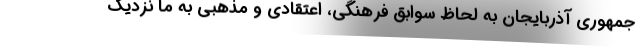
جمهوری آذربایجان به لحاظ سوابق فرهنگی، اعتقادی و مذهبی به ما نزدیک